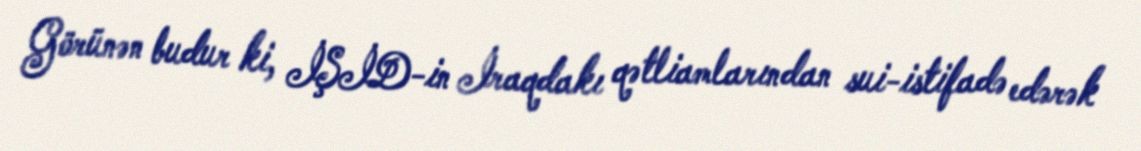
Görünən budur ki, İŞİD-in İraqdakı qətliamlarından sui-istifadə edərək